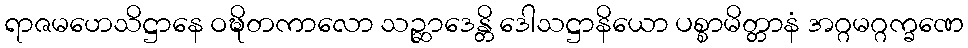
ရာဇမဟေသိဋ္ဌာနေ ဝဍ္ဎိတကာလော သဉ္ဆာဒေန္တိ ဒေါသဋ္ဌာနိယော ပစ္စာမိတ္တာနံ အဂ္ဂမဂ္ဂက္ခဏေ